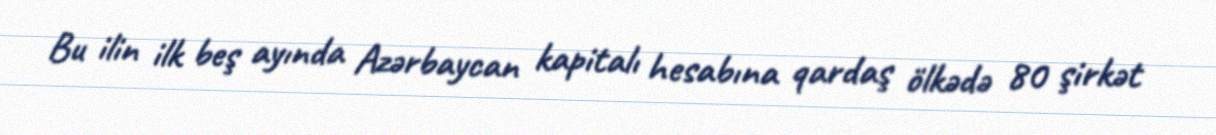
Bu ilin ilk beş ayında Azərbaycan kapitalı hesabına qardaş ölkədə 80 şirkət